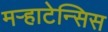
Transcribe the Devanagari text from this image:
मऱ्हाटेन्सिस